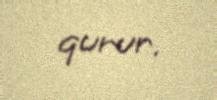
qurur.